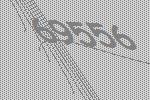
69556